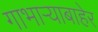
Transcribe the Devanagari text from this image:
गाभाऱ्याबाहेर